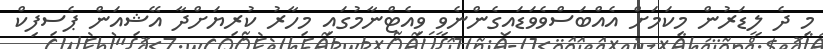
މި ދެ ލީޑަރުން މިކަމަށް އެއްބަސްވެވަޑައިގެންނެވީ ވިއެޓްނާމުގައި މިހާރު ކުރިޔަށްދާ އޭޝިއަން ޕެސިފިކް